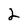
Character: 2